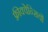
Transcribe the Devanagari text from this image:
फ़्रीक्वेन्सियों